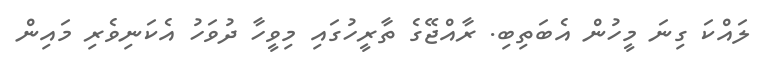
ލައްކަ ގިނަ މީހުން އެބަތިބި. ރާއްޖޭގެ ތާރީހުގައި މިވީހާ ދުވަހު އެކަނިވެރި މައިން